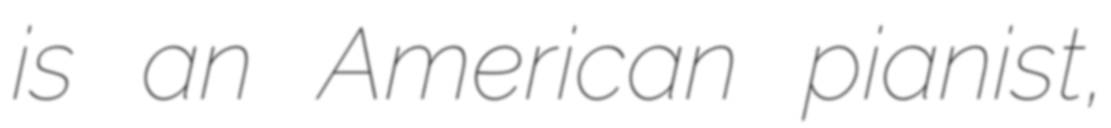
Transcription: is an American pianist,